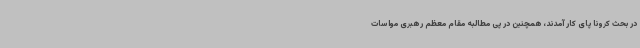
در بحث کرونا پای کار آمدند، همچنین در پی مطالبه مقام معظم رهبری مواسات